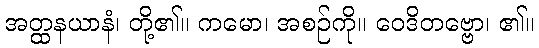
အတ္ထနယာနံ၊ တို့၏။ ကမော၊ အစဉ်ကို။ ဝေဒိတဗ္ဗော၊ ၏။